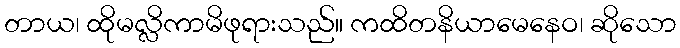
တာယ၊ ထိုမလ္လိကာမိဖုရားသည်။ ကထိတနိယာမေနေဝ၊ ဆိုသော